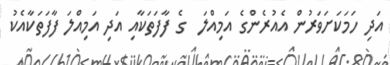
އަދި ހަމަކަށަވަރުން އެއުރެންގެ އަމިއްލަ  ގެ ފާފަތަކާއި އަދި އަމިއްލަ ފާފަތަކާއެކު